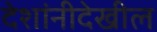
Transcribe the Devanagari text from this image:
देशांनीदेखील